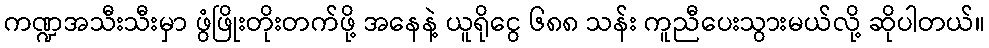
ကဏ္ဍအသီးသီးမှာ ဖွံဖြိုးတိုးတက်ဖို့ အနေနဲ့ ယူရိုငွေ ၆၈၈ သန်း ကူညီပေးသွားမယ်လို့ ဆိုပါတယ်။